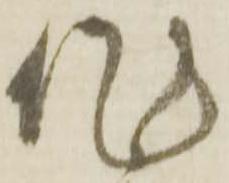
作